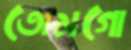
তোমগো